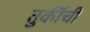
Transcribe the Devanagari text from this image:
तुर्कीची